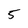
Character: 5